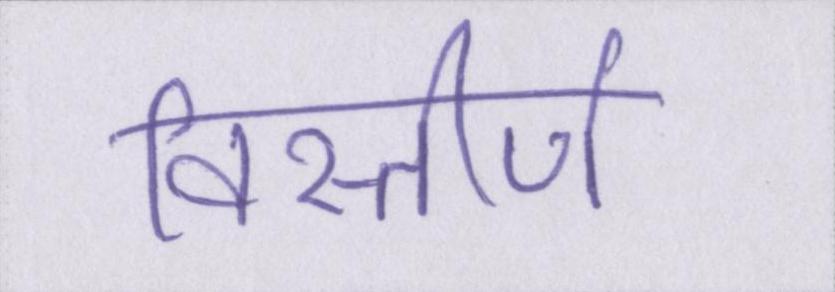
विस्तीर्ण